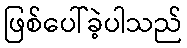
ဖြစ်ပေါ်ခဲ့ပါသည်